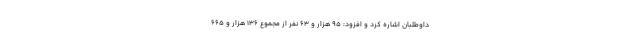
داوطلبان اشاره کرد و افزود: ۹۵ هزار و ۶۳ نفر از مجموع ۱۳۶ هزار و ۶۶۵